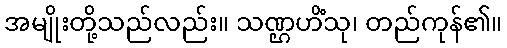
အမျိုးတို့သည်လည်း။ သဏ္ဌဟိံသု၊ တည်ကုန်၏။